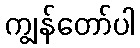
ကျွန်တော်ပါ